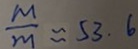
\frac { M } { m } \approx 5 3 . 6